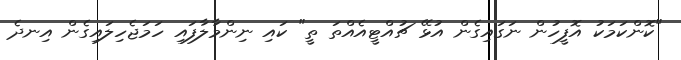
"ކޮންކަމަކު އޮފީހުން ނަގައިގެން އުޅޭ ޗުއްޓީއެއްތަ ތީ" ކައި ނިންމާލާފައި ހަމަޖެހިލައިގެން އިނދެ